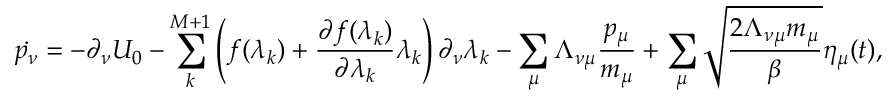
\dot { p _ { \nu } } = - \partial _ { \nu } U _ { 0 } - \sum _ { k } ^ { M + 1 } \left( f ( \lambda _ { k } ) + \frac { \partial f ( \lambda _ { k } ) } { \partial \lambda _ { k } } \lambda _ { k } \right) \partial _ { \nu } \lambda _ { k } - \sum _ { \mu } \Lambda _ { \nu \mu } \frac { p _ { \mu } } { m _ { \mu } } + \sum _ { \mu } \sqrt { \frac { 2 \Lambda _ { \nu \mu } m _ { \mu } } { \beta } } \eta _ { \mu } ( t ) ,